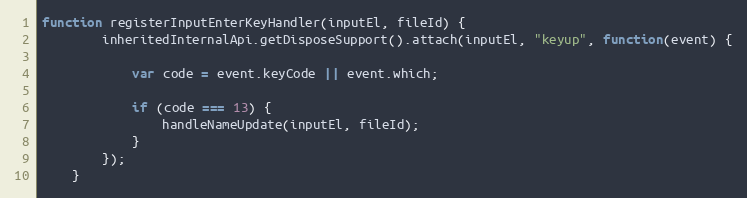
Language: JavaScript
function registerInputEnterKeyHandler(inputEl, fileId) {
        inheritedInternalApi.getDisposeSupport().attach(inputEl, "keyup", function(event) {

            var code = event.keyCode || event.which;

            if (code === 13) {
                handleNameUpdate(inputEl, fileId);
            }
        });
    }